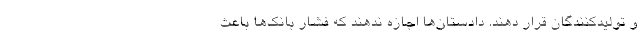
و تولیدکنندگان قرار دهند. دادستان‌ها اجازه ندهند که فشار بانک‌ها باعث